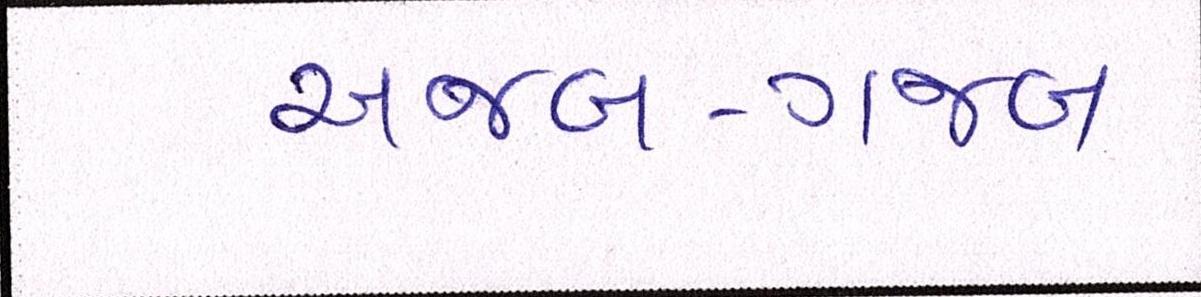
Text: અજબ-ગજબ